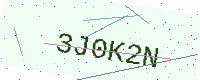
Text: 3J0K2N